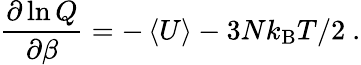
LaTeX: \frac{\partial\ln Q}{\partial\beta}=-\left<U\right>-3Nk_{\mathrm{B}}T/2\ .